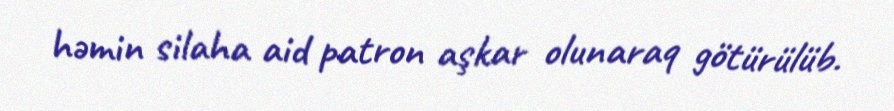
həmin silaha aid patron aşkar olunaraq götürülüb.